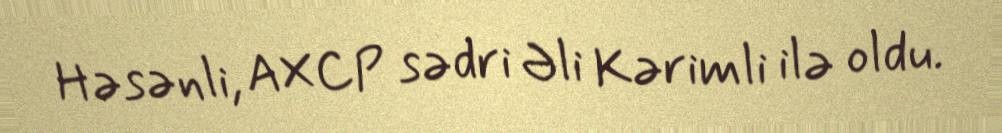
Həsənli, AXCP sədri Əli Kərimli ilə oldu.